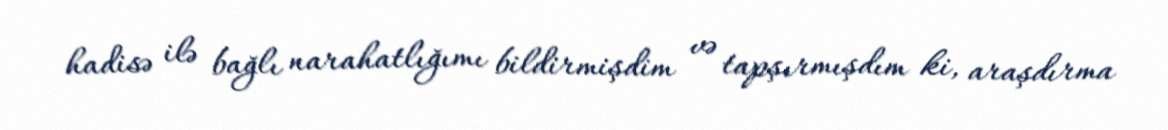
hadisə ilə bağlı narahatlığımı bildirmişdim və tapşırmışdım ki, araşdırma